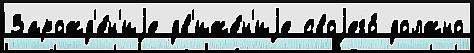
Зарожд'е́н'иjе дв'иже́н'иjе своjего́ должно